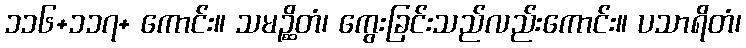
၁၁၆+၁၁၇+ ကောင်း။ သမဉ္ဆိတံ၊ ကွေးခြင်းသည်လည်းကောင်း။ ပသာရိတံ၊